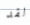
لقد